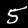
Label: 5